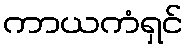
ကာယကံရှင်